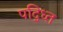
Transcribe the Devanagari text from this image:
पद्ध्‍ति